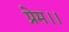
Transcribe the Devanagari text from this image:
प्रेम।।